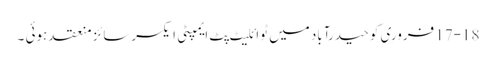
17-18 فروری کو حیدرآباد میں ٹوائلیٹ پِٹ ایمپٹی ایکسرسائز منعقد ہوئی ۔